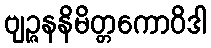
ဗျဉ္ဇနနိမိတ္တကောဝိဒါ